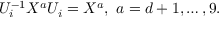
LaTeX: { \cal U } _ { i } ^ { - 1 } X ^ { a } { \cal U } _ { i } = X ^ { a } , ~ a = d + 1 , \ldots , 9 .